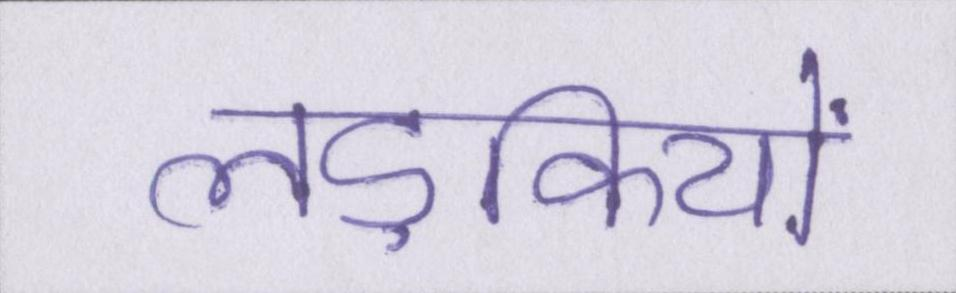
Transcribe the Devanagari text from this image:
लड़कियों